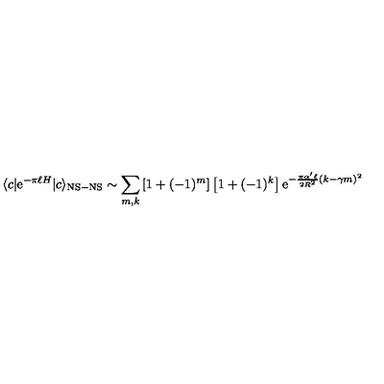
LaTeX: \langle c | \mathrm { e } ^ { - \pi \ell H } | c \rangle _ { \mathrm { N S - N S } } \sim \sum _ { m , k } \left[ 1 + ( - 1 ) ^ { m } \right] \left[ 1 + ( - 1 ) ^ { k } \right] \mathrm { e } ^ { - { \frac { \pi \alpha ^ { \prime } \ell } { 2 R ^ { 2 } } } ( k - \gamma m ) ^ { 2 } }